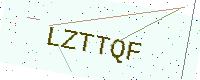
Text: LZTTQF